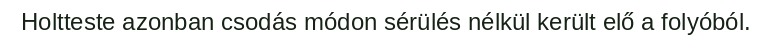
Holtteste azonban csodás módon sérülés nélkül került elő a folyóból.